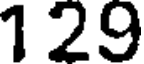
129